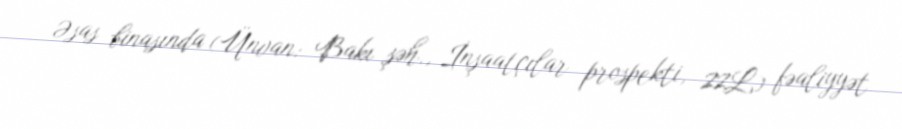
Əsas binasında (Ünvan: Bakı şəh., İnşaatçılar prospekti, 22L) fəaliyyət